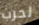
لحرب